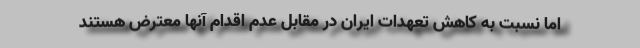
اما نسبت به کاهش تعهدات ایران در مقابل عدم اقدام آنها معترض هستند